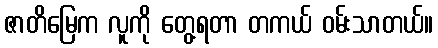
ဇာတိမြေက လူကို တွေ့ရတာ တကယ် ဝမ်းသာတယ်။